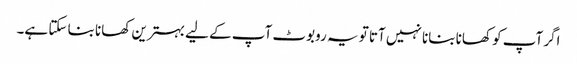
اگر آپ کو کھانا بنانا نہیں آتا تو یہ روبوٹ آپ کے لیے بہترین کھانا بنا سکتا ہے۔